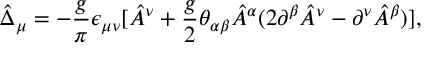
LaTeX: \hat { \Delta } _ { \mu } = - { \frac { g } { \pi } } \epsilon _ { \mu \nu } [ \hat { A } ^ { \nu } + { \frac { g } { 2 } } \theta _ { \alpha \beta } \hat { A } ^ { \alpha } ( 2 \partial ^ { \beta } \hat { A } ^ { \nu } - \partial ^ { \nu } \hat { A } ^ { \beta } ) ] ,